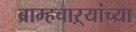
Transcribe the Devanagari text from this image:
ब्राम्हचाऱ्यांच्या